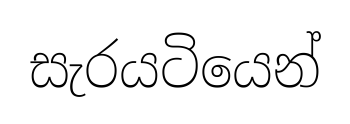
සැරයටියෙන්